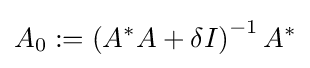
A_{0}:=\left(A^{*}A+\delta I\right)^{-1}A^{*}